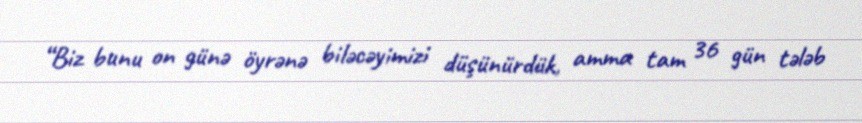
“Biz bunu on günə öyrənə biləcəyimizi düşünürdük, amma tam 36 gün tələb